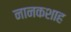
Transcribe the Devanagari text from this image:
नानकशाह